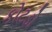
કોટડો